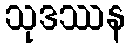
သုဒဿန